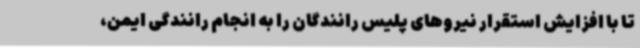
تا با افزایش استقرار نیروهای پلیس رانندگان را به انجام رانندگی ایمن،